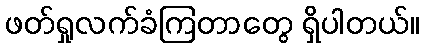
ဖတ်ရှုလက်ခံကြတာတွေ ရှိပါတယ်။